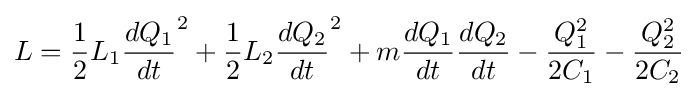
L={\frac {1}{2}}L_{1}{\frac {dQ_{1}}{dt}}^{2}+{\frac {1}{2}}L_{2}{\frac {dQ_{2}}{dt}}^{2}+m{\frac {dQ_{1}}{dt}}{\frac {dQ_{2}}{dt}}-{\frac {Q_{1}^{2}}{2C_{1}}}-{\frac {Q_{2}^{2}}{2C_{2}}}